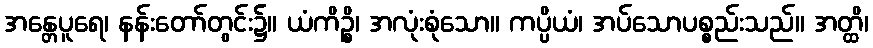
အန္တေပူရေ၊ နန်းတော်တွင်း၌။ ယံကိဉ္စိ၊ အလုံးစုံသော။ ကပ္ပိယံ၊ အပ်သောပစ္စည်းသည်။ အတ္ထိ၊